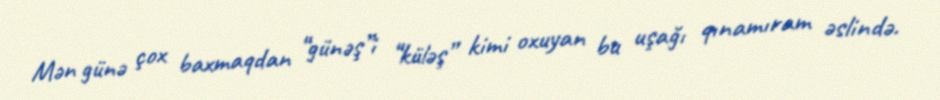
Mən günə çox baxmaqdan “günəş”i “küləş” kimi oxuyan bu uşağı qınamıram əslində.